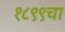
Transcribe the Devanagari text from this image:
१८९९चा